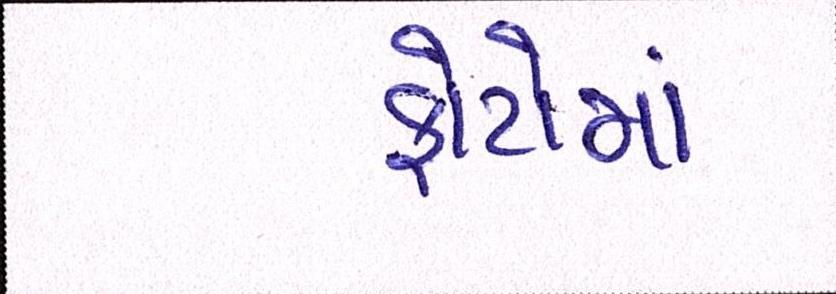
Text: ફોટોમાં